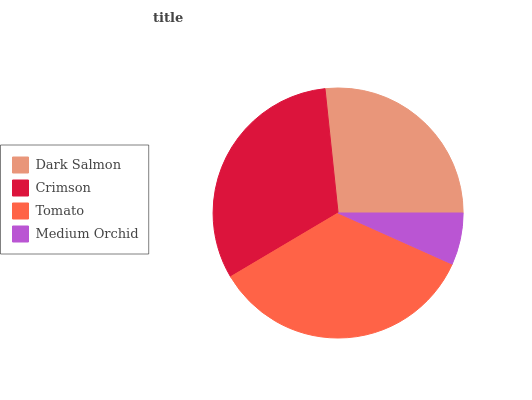
| Dark Salmon | Crimson | Tomato | Medium Orchid |
 | --- | --- | --- | --- |
 | 26.7% | 31.8% | 34.8% | 6.69% |